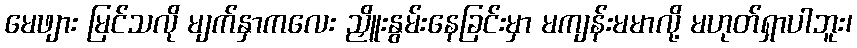
မေဖျား မြင်သလို မျက်နှာကလေး ညှိူးနွမ်းနေခြင်းမှာ မကျန်းမမာလို့ မဟုတ်ရှာပါဘူး၊